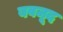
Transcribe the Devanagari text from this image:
बवजूद